system: You are a helpful assistant.
user:
Analyze the provided spectrum to determine if it is a **Carbon Star (C-type)**.

- **Key Visual Indicators of Carbon Star:**
    - **(Primary):** Strong molecular absorption from **C₂ (diatomic carbon) "Swan Bands."** This is the **defining feature** of a carbon star.
        - **(Key Bandheads):** Sharp absorption edges are visible at approximately $5635$ Å, $5165$ Å (the strongest band), and $4737$ Å.
        - **(Line Profile):** Creates a distinct **"saw-tooth"** pattern. The key morphology is a sharp, steep bandhead on the **red (long-wavelength) side**, which then gradually tapers off (i.e., flux recovers) towards the **blue (short-wavelength) side**. *(This is the direct opposite of the TiO bands seen in M-type stars)*.

    - **(Secondary):** Intense **CN (cyanogen)** molecular absorption bands.
        - **(Key Bandheads):** Located in the blue and violet regions of the spectrum (e.g., near $4215$ Å and $3883$ Å).
        - **(Morphology):** These bands are extremely broad and act as a "blanket," absorbing the vast majority of blue and violet light. This creates a characteristic **"cliff"** or **"steep drop-off"** in the spectrum's flux at short wavelengths.

    - **(Key Confirmation):** Strong **CH absorption band (G-band)**.
        - **(Key Bandhead):** Located around $4300$ Å. The contribution from CH molecules to this band is exceptionally strong.

    - **(Overall Spectrum):**
        - The continuum is severely "chopped up" by these deep molecular bands, especially C₂, rather than appearing as a smooth curve.
        - Due to the heavy CN and C₂ absorption in the blue-green, the vast majority of the star's flux is concentrated in the red part of the spectrum, giving the star its characteristic deep red color.

Think first, call **spectral_visualization_tool** if needed to examine features in detail, then provide your final answer. Your response must adhere to the following strict rules:
1.  **Overall Structure:** Your response must follow the format `<think>...</think> <tool_call>...</tool_call> (if a tool is used) <answer>...</answer>`.
2.  **Tool Usage Constraint:** You may only make **one** tool call per turn.
3.  **Final Answer Format:** In the `<answer>` tag, your conclusion must be inside a `\boxed{}` command (e.g., `\boxed{YES}`), followed by your justification.

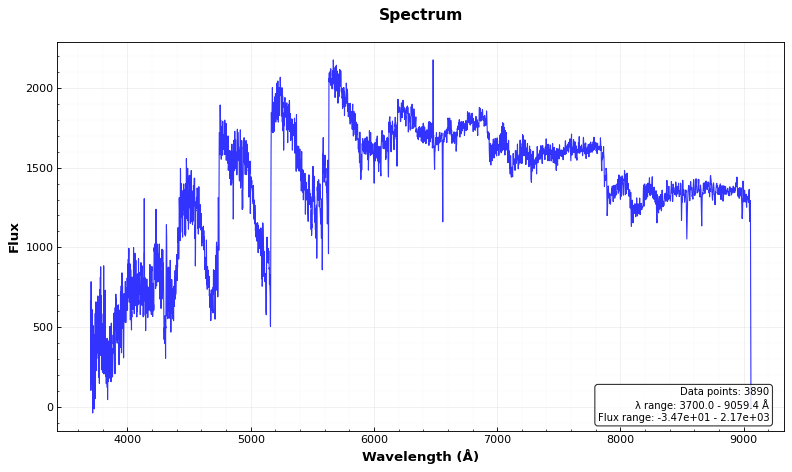
Answer: YES